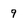
Character: 9